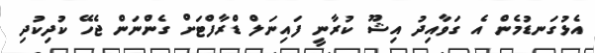
އެޅުގަނޑުމެން އެ ގަވާއިދު އިޝޫ ކުރާނީ ފައިނަލް ޑްރާފްޓަށް ގެންނަން ޖެހޭ ކުދިކުދި